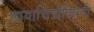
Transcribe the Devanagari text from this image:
छायाचित्राविषयी